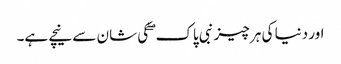
اور دنیا کی ہر چیز نبی پاک ۖ کی شان سے نیچے ہے۔